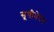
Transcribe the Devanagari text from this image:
सूचीभेदन